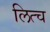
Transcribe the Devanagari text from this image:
लित्च